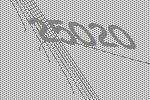
25020